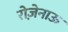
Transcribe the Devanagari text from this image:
रोज़ेनाऊ